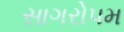
સાગરોપમ